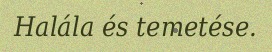
Halála és temetése.